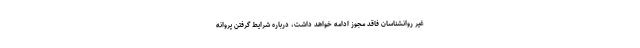
غیر روانشناسان فاقد مجوز ادامه خواهد داشت، درباره شرایط گرفتن پروانه